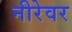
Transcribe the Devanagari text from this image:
नीरेवर